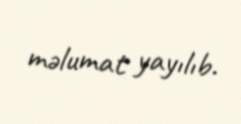
məlumat yayılıb.